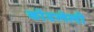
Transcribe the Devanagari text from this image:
कोंडलेली